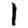
Digit: 1